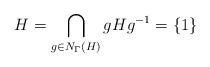
LaTeX: \begin{align*} H = \bigcap_{g \in N_{\Gamma}(H)} gHg^{-1} = \{1\}\end{align*}